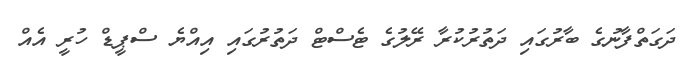
ދަގަތްފާނުގެ ބާރުގައި ދަތުރުކުރާ ރޭލުގެ ޓެސްޓް ދަތުރުގައި އިއްޔެ ސްޕީޑް ހުރީ އެއް